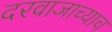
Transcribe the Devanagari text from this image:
दरवाजाच्याच